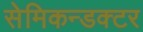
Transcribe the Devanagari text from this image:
सेमिकन्डक्टर